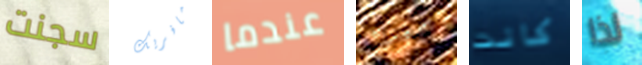
سجنت مافريك عندما معك كانت لذا